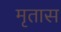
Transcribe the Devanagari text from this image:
मृतास